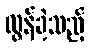
လွန်ခဲ့သည့်